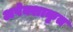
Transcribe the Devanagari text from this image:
अपेक्शाकृत